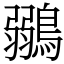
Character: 鶸